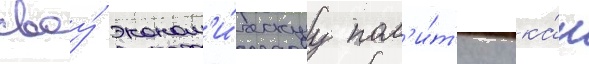
своу́ эконом'и́ческуу пол'и́т'ику ка́к